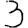
Digit: 3